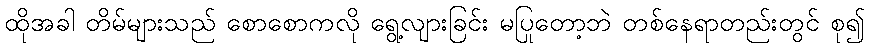
ထိုအခါ တိမ်များသည် စောစောကလို ရွေ့လျားခြင်း မပြုတော့ဘဲ တစ်နေရာတည်းတွင် စု၍